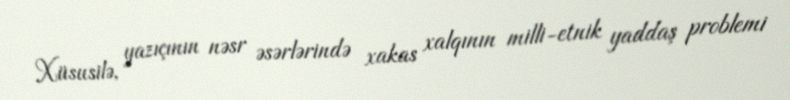
Xüsusilə, yazıçının nəsr əsərlərində xakas xalqının milli-etnik yaddaş problemi